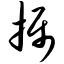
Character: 摄